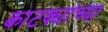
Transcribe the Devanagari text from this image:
काटक्यांच्या